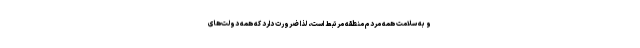
و به سلامت همه مردم منطقه مرتبط است، لذا ضرورت دارد که همه دولت‌های